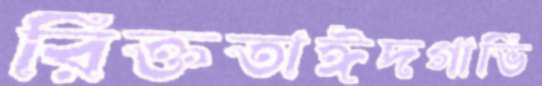
রিক্ততাঈদগাভি